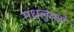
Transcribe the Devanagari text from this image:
मधुलुब्धो